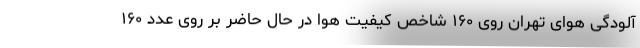
آلودگی هوای تهران روی ۱۶۰ شاخص کیفیت هوا در حال حاضر بر روی عدد ۱۶۰